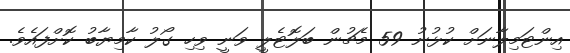
އިންޓަމިލާނަށް ކުޅުނު 59 މެޗުން ބަލޮޓެލީ ވަނީ ވިހި ގޯލު ކާމިޔާބު ކޮށްފައެވެ.